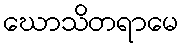
ဃောသိတရာမေ